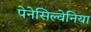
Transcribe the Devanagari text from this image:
पेनेसिल्वेनिया